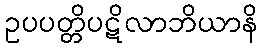
ဥပပတ္တိပဋိလာဘိယာနိ